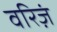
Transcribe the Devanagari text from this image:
वरिज़ं